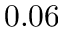
0 . 0 6